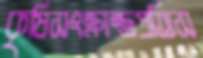
কৃষিসংক্রান্তপ্রতিস